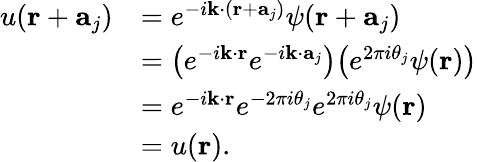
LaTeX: {\begin{array}{rl}{u(\mathbf{r}+\mathbf{a}_{j})}&{=e^{-i\mathbf{k}\cdot(\mathbf{r}+\mathbf{a}_{j})}\psi(\mathbf{r}+\mathbf{a}_{j})}\\ &{={\big(}e^{-i\mathbf{k}\cdot\mathbf{r}}e^{-i\mathbf{k}\cdot\mathbf{a}_{j}}{\big)}{\big(}e^{2\pi i\theta_{j}}\psi(\mathbf{r}){\big)}}\\ &{=e^{-i\mathbf{k}\cdot\mathbf{r}}e^{-2\pi i\theta_{j}}e^{2\pi i\theta_{j}}\psi(\mathbf{r})}\\ &{=u(\mathbf{r}).}\end{array}}